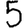
Digit: 5